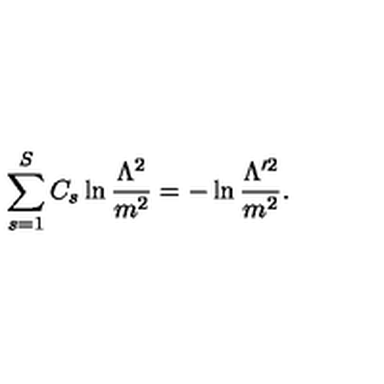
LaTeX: \sum _ { s = 1 } ^ { S } C _ { s } \ln \frac { \Lambda ^ { 2 } } { m ^ { 2 } } = - \ln \frac { \Lambda ^ { \prime 2 } } { m ^ { 2 } } .